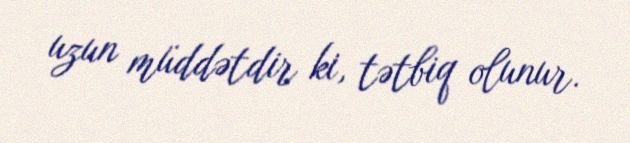
uzun müddətdir ki, tətbiq olunur.